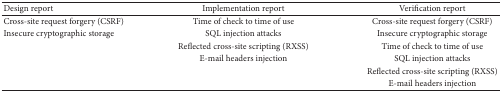
| Design report | Implementation report | Verification report |
 | --- | --- | --- |
 | Cross-site request forgery (CSRF) | Time of check to time of use | Cross-site request forgery (CSRF) |
 | Insecure cryptographic storage | SQL injection attacks | Insecure cryptographic storage |
 |  | Reflected cross-site scripting (RXSS) | Time of check to time of use |
 |  | E-mail headers injection | SQL injection attacks |
 |  |  | Reflected cross-site scripting (RXSS) |
 |  |  | E-mail headers injection |